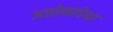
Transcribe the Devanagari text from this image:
अशोकापेक्षा